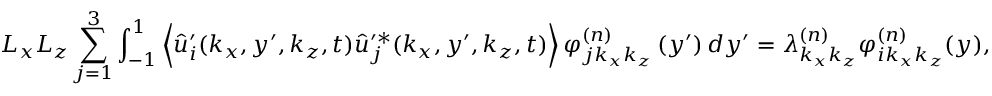
L _ { x } L _ { z } \sum _ { j = 1 } ^ { 3 } \int _ { - 1 } ^ { 1 } \left\langle \hat { u } _ { i } ^ { \prime } ( k _ { x } , y ^ { \prime } , k _ { z } , t ) \hat { u } _ { j } ^ { \prime * } ( k _ { x } , y ^ { \prime } , k _ { z } , t ) \right\rangle \varphi _ { j k _ { x } k _ { z } } ^ { ( n ) } \left( y ^ { \prime } \right) d y ^ { \prime } = \lambda _ { k _ { x } k _ { z } } ^ { ( n ) } \varphi _ { i k _ { x } k _ { z } } ^ { ( n ) } ( y ) ,